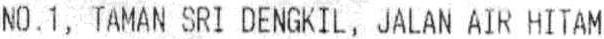
NO.1, TAMAN SRI DENGKIL, JALAN AIR HITAM